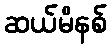
ဆယ်မိနစ်